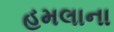
હમલાના